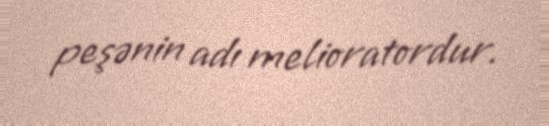
peşənin adı melioratordur.